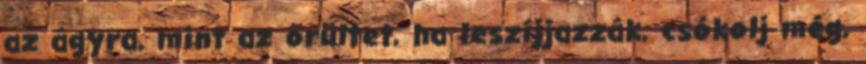
az ágyra, mint az őrültet, ha leszíjjazzák, csókolj még,